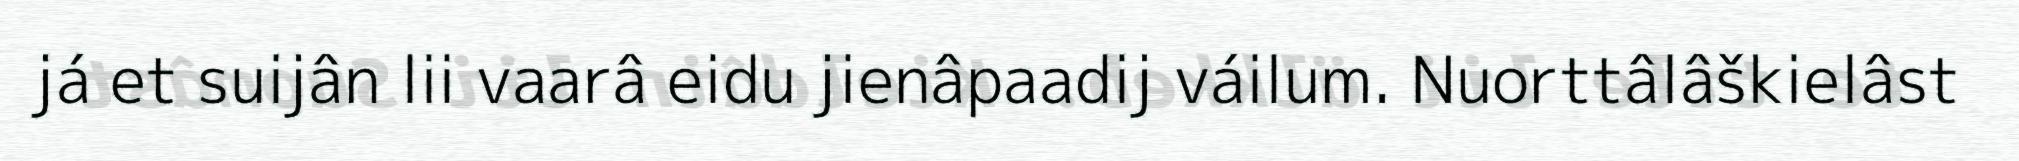
já et suijân lii vaarâ eidu jienâpaadij váilum. Nuorttâlâškielâst